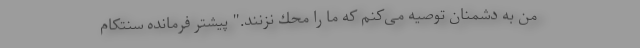
من به دشمنان توصیه می‌كنم كه ما را محك نزنند." پیشتر فرمانده سنتکام